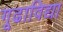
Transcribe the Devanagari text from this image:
गूढाविद्या